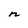
Character: n